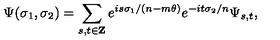
\Psi ( \sigma _ { 1 } , \sigma _ { 2 } ) = \sum _ { s , t \in { \bf Z } } e ^ { i s \sigma _ { 1 } / ( n - m \theta ) } e ^ { - i t \sigma _ { 2 } / n } \Psi _ { s , t } ,